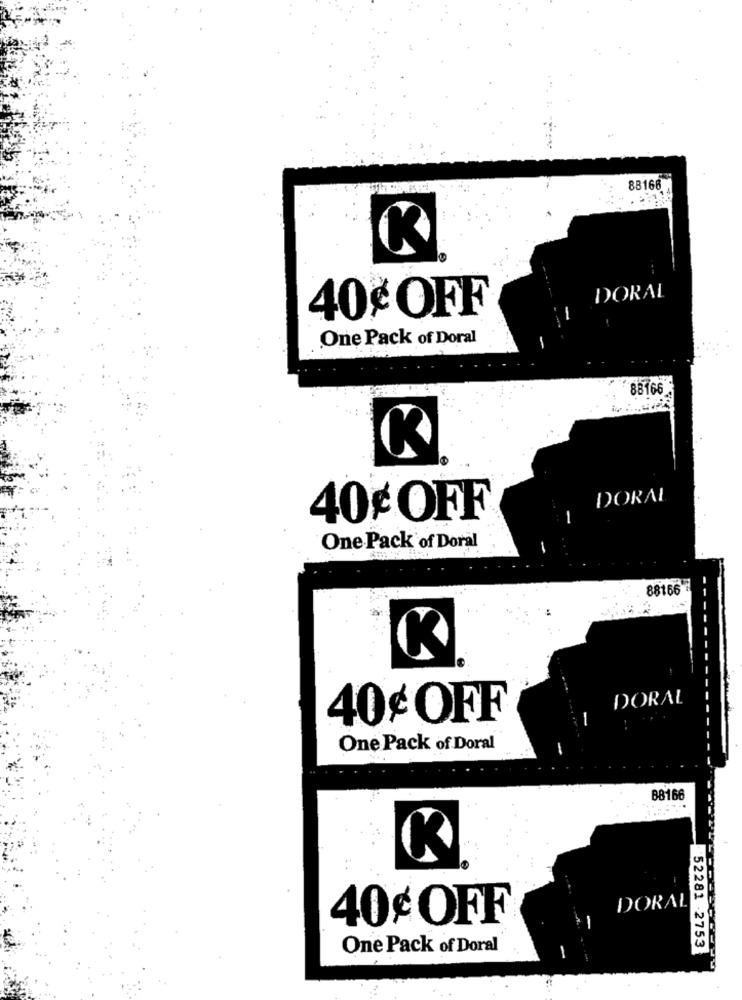
88166
K
DORAL
40¢ OFF
One Pack of Doral
88166
K
DORAL
40¢ OFF
One Pack of Doral
88166
DORAL
40¢ OFF
-
One Pack of Doral
88166
DORAL
40¢ OFF
One Pack of Doral
52281 -2753